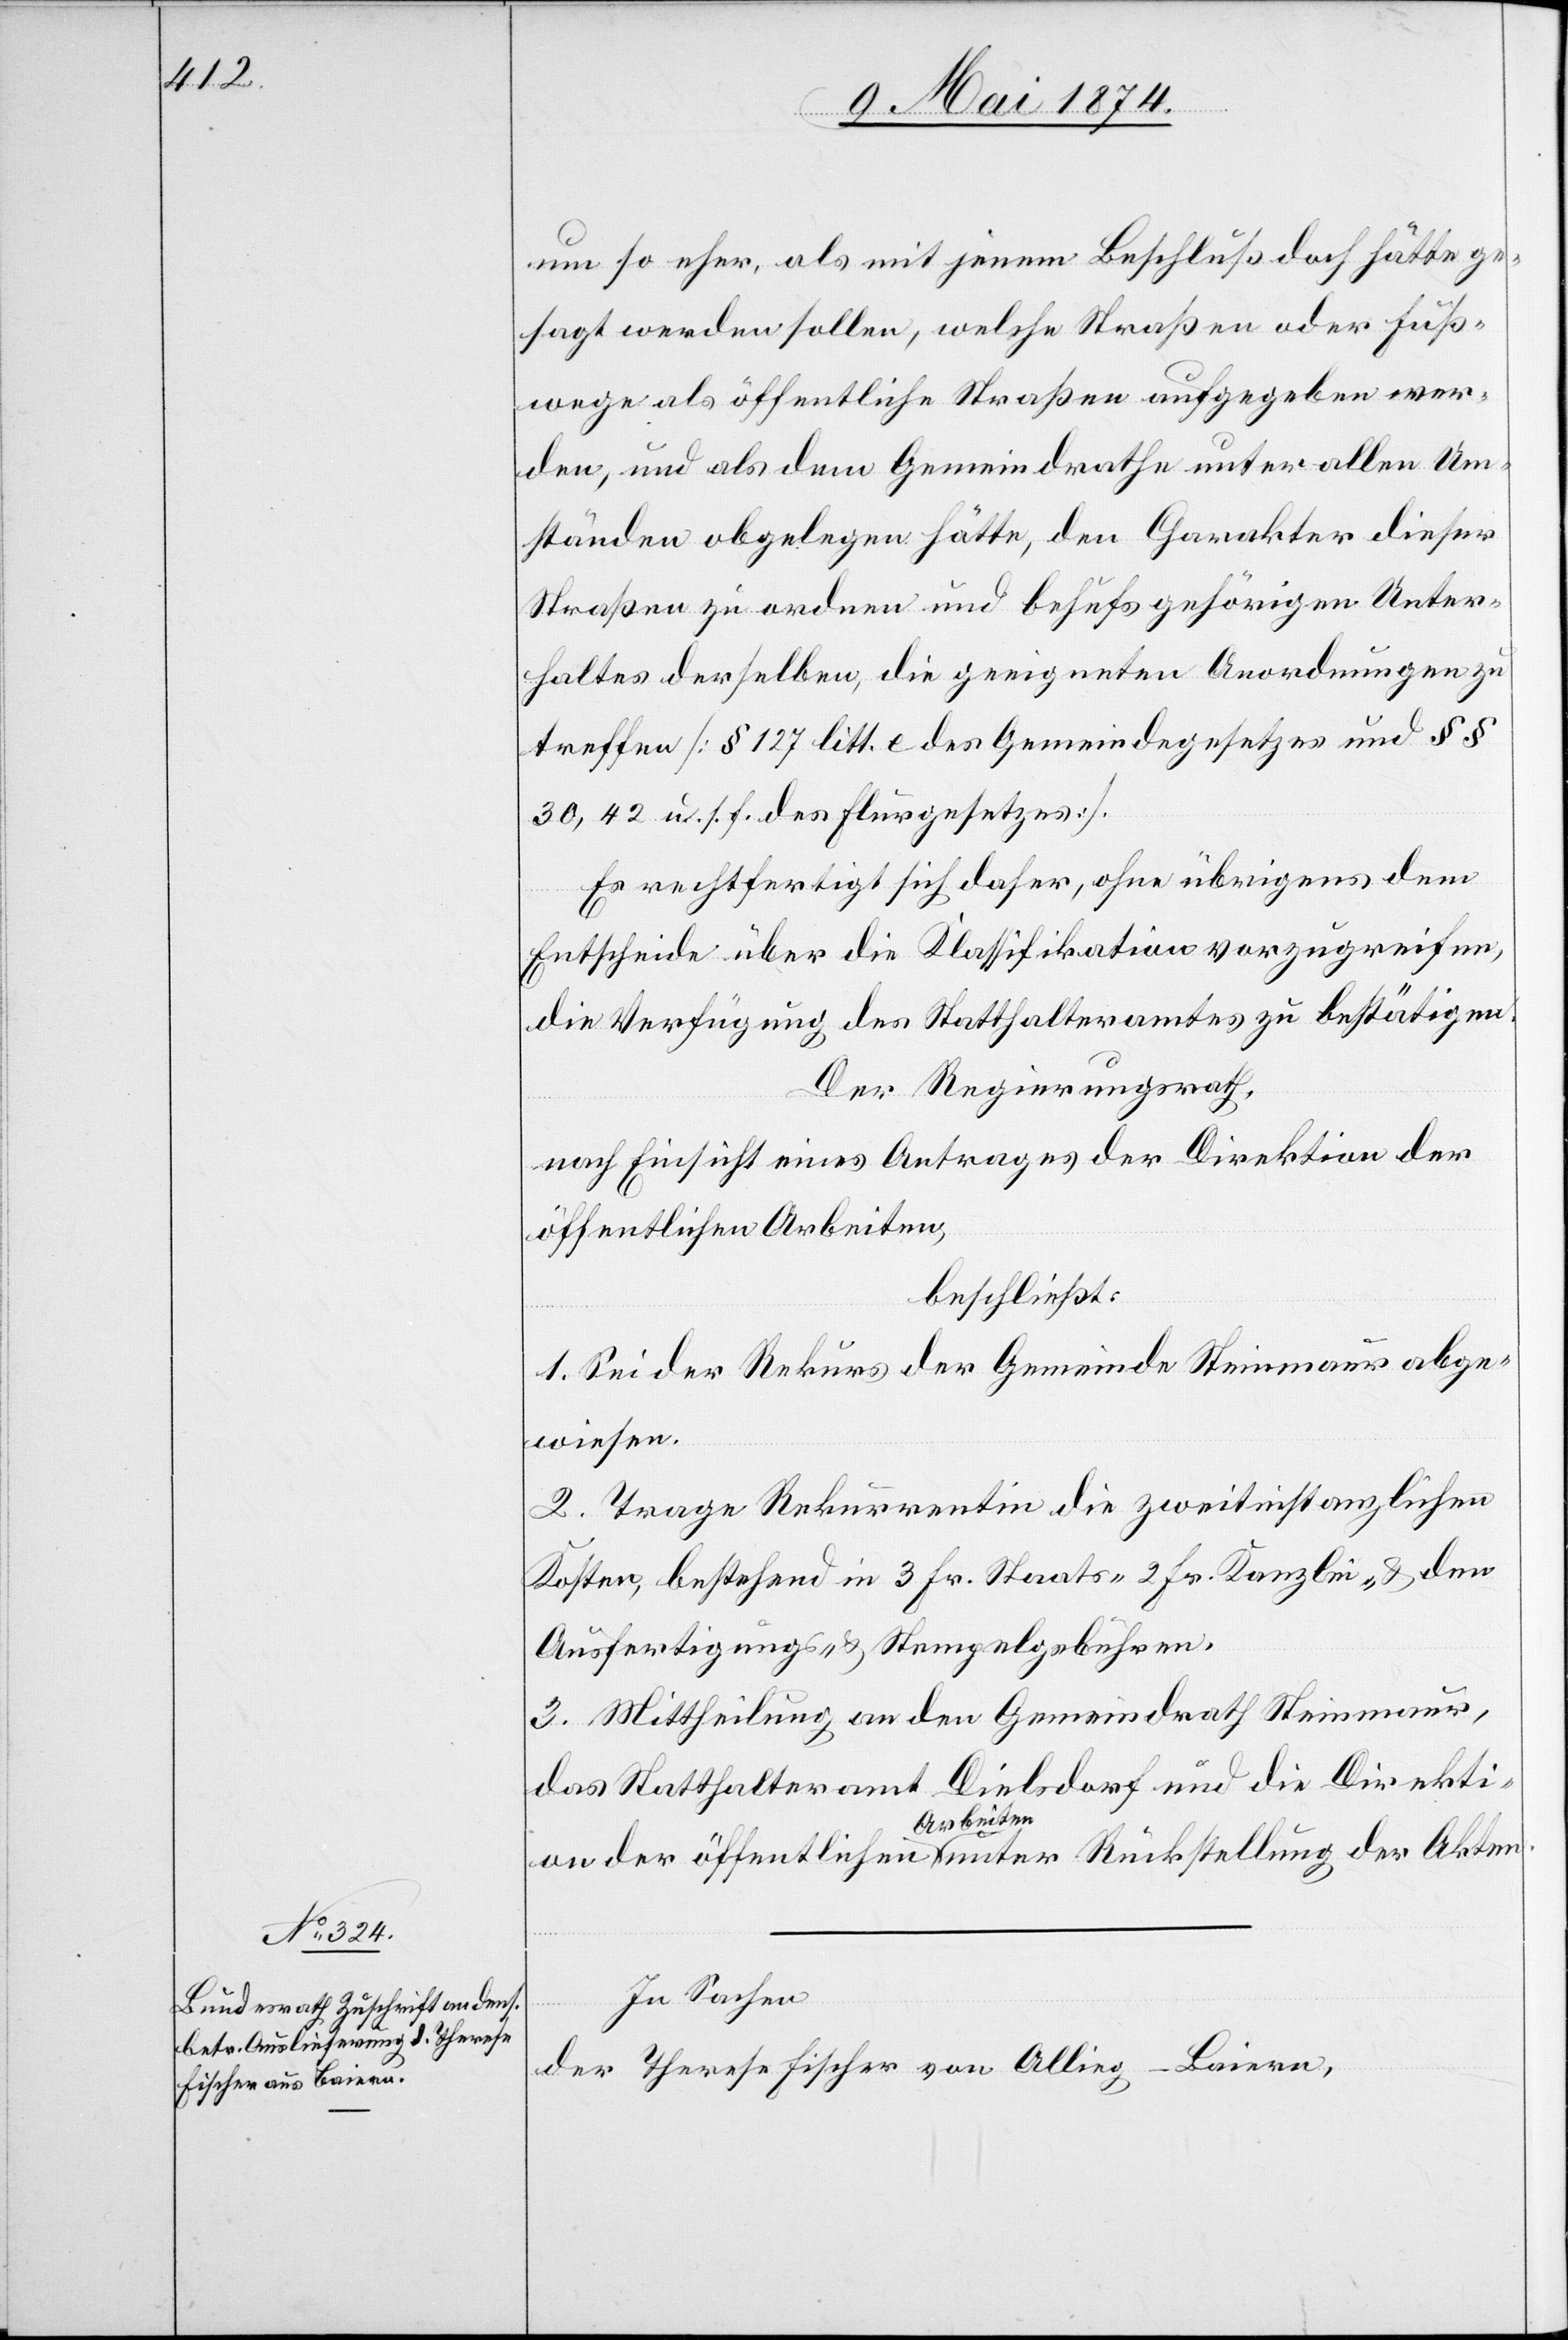
um so mehr, als mit jenem Beschluße doch hätte ge¬
sagt werden sollen, welche Straßen oder Fuß¬
wege als öffentliche Straßen aufgegeben wer¬
den, und als dem Gemeindrathe unter allen Um¬
ständen obgelegen hätte, den Charakter dieser
Straßen zu ordnen und behufs gehörigen Unter¬
haltes derselben, die geeigneten Anordnungen zu
treffen [§ 127 litt. e. des Gemeindegesetzes und §§
30, 42 u. s. f. des Flurgesetzes].
Es rechtfertigt sich daher, ohne übrigens dem
Entscheide über die Klassifikation vorzugreifen,
die Verfügung des Statthalteramtes zu bestätigen.
Der Regierungsrath,
nach Einsicht eines Antrages der Direktion der
öffentlichen Arbeiten
beschließt:
1. Sei der Rekurs der Gemeinde Steinmaur abge¬
wiesen.
2. Trage Rekurrentin die zweitinstanzlichen
Kosten, bestehend in 3 Fr. Staats-[,] 2 Fr. Kanzlei- u. den
Ausfertigungs- u. Stempelgebühren.
3. Mittheilung an den Gemeindrath Steinmaur,
das Statthalteramt Dielsdorf und die Direktion
In Sachen
der Theresa Fischer von Alling-Baiern,